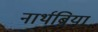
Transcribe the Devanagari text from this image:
नार्थब्रिया